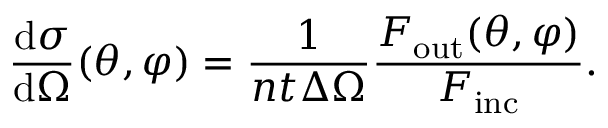
{ \frac { \mathrm { d } \sigma } { \mathrm { d } \Omega } } ( \theta , \varphi ) = { \frac { 1 } { n t \Delta \Omega } } { \frac { F _ { \mathrm { o u t } } ( \theta , \varphi ) } { F _ { \mathrm { i n c } } } } .